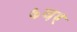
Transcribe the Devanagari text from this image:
७वर